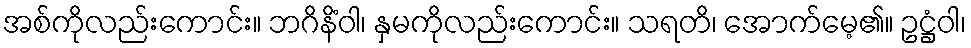
အစ်ကိုလည်းကောင်း။ ဘဂိနိံဝါ၊ နှမကိုလည်းကောင်း။ သရတိ၊ အောက်မေ့၏။ ဥဋ္ဌံဝါ၊